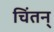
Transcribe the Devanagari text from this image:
चिंतन्